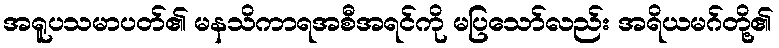
အရူပသမာပတ်၏ မနသိကာရအစီအရင်ကို မပြသော်လည်း အရိယမဂ်တို့၏